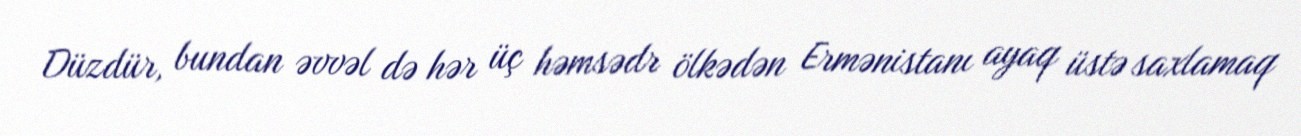
Düzdür, bundan əvvəl də hər üç həmsədr ölkədən Ermənistanı ayaq üstə saxlamaq